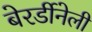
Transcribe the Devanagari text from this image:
बेरर्डीनेली